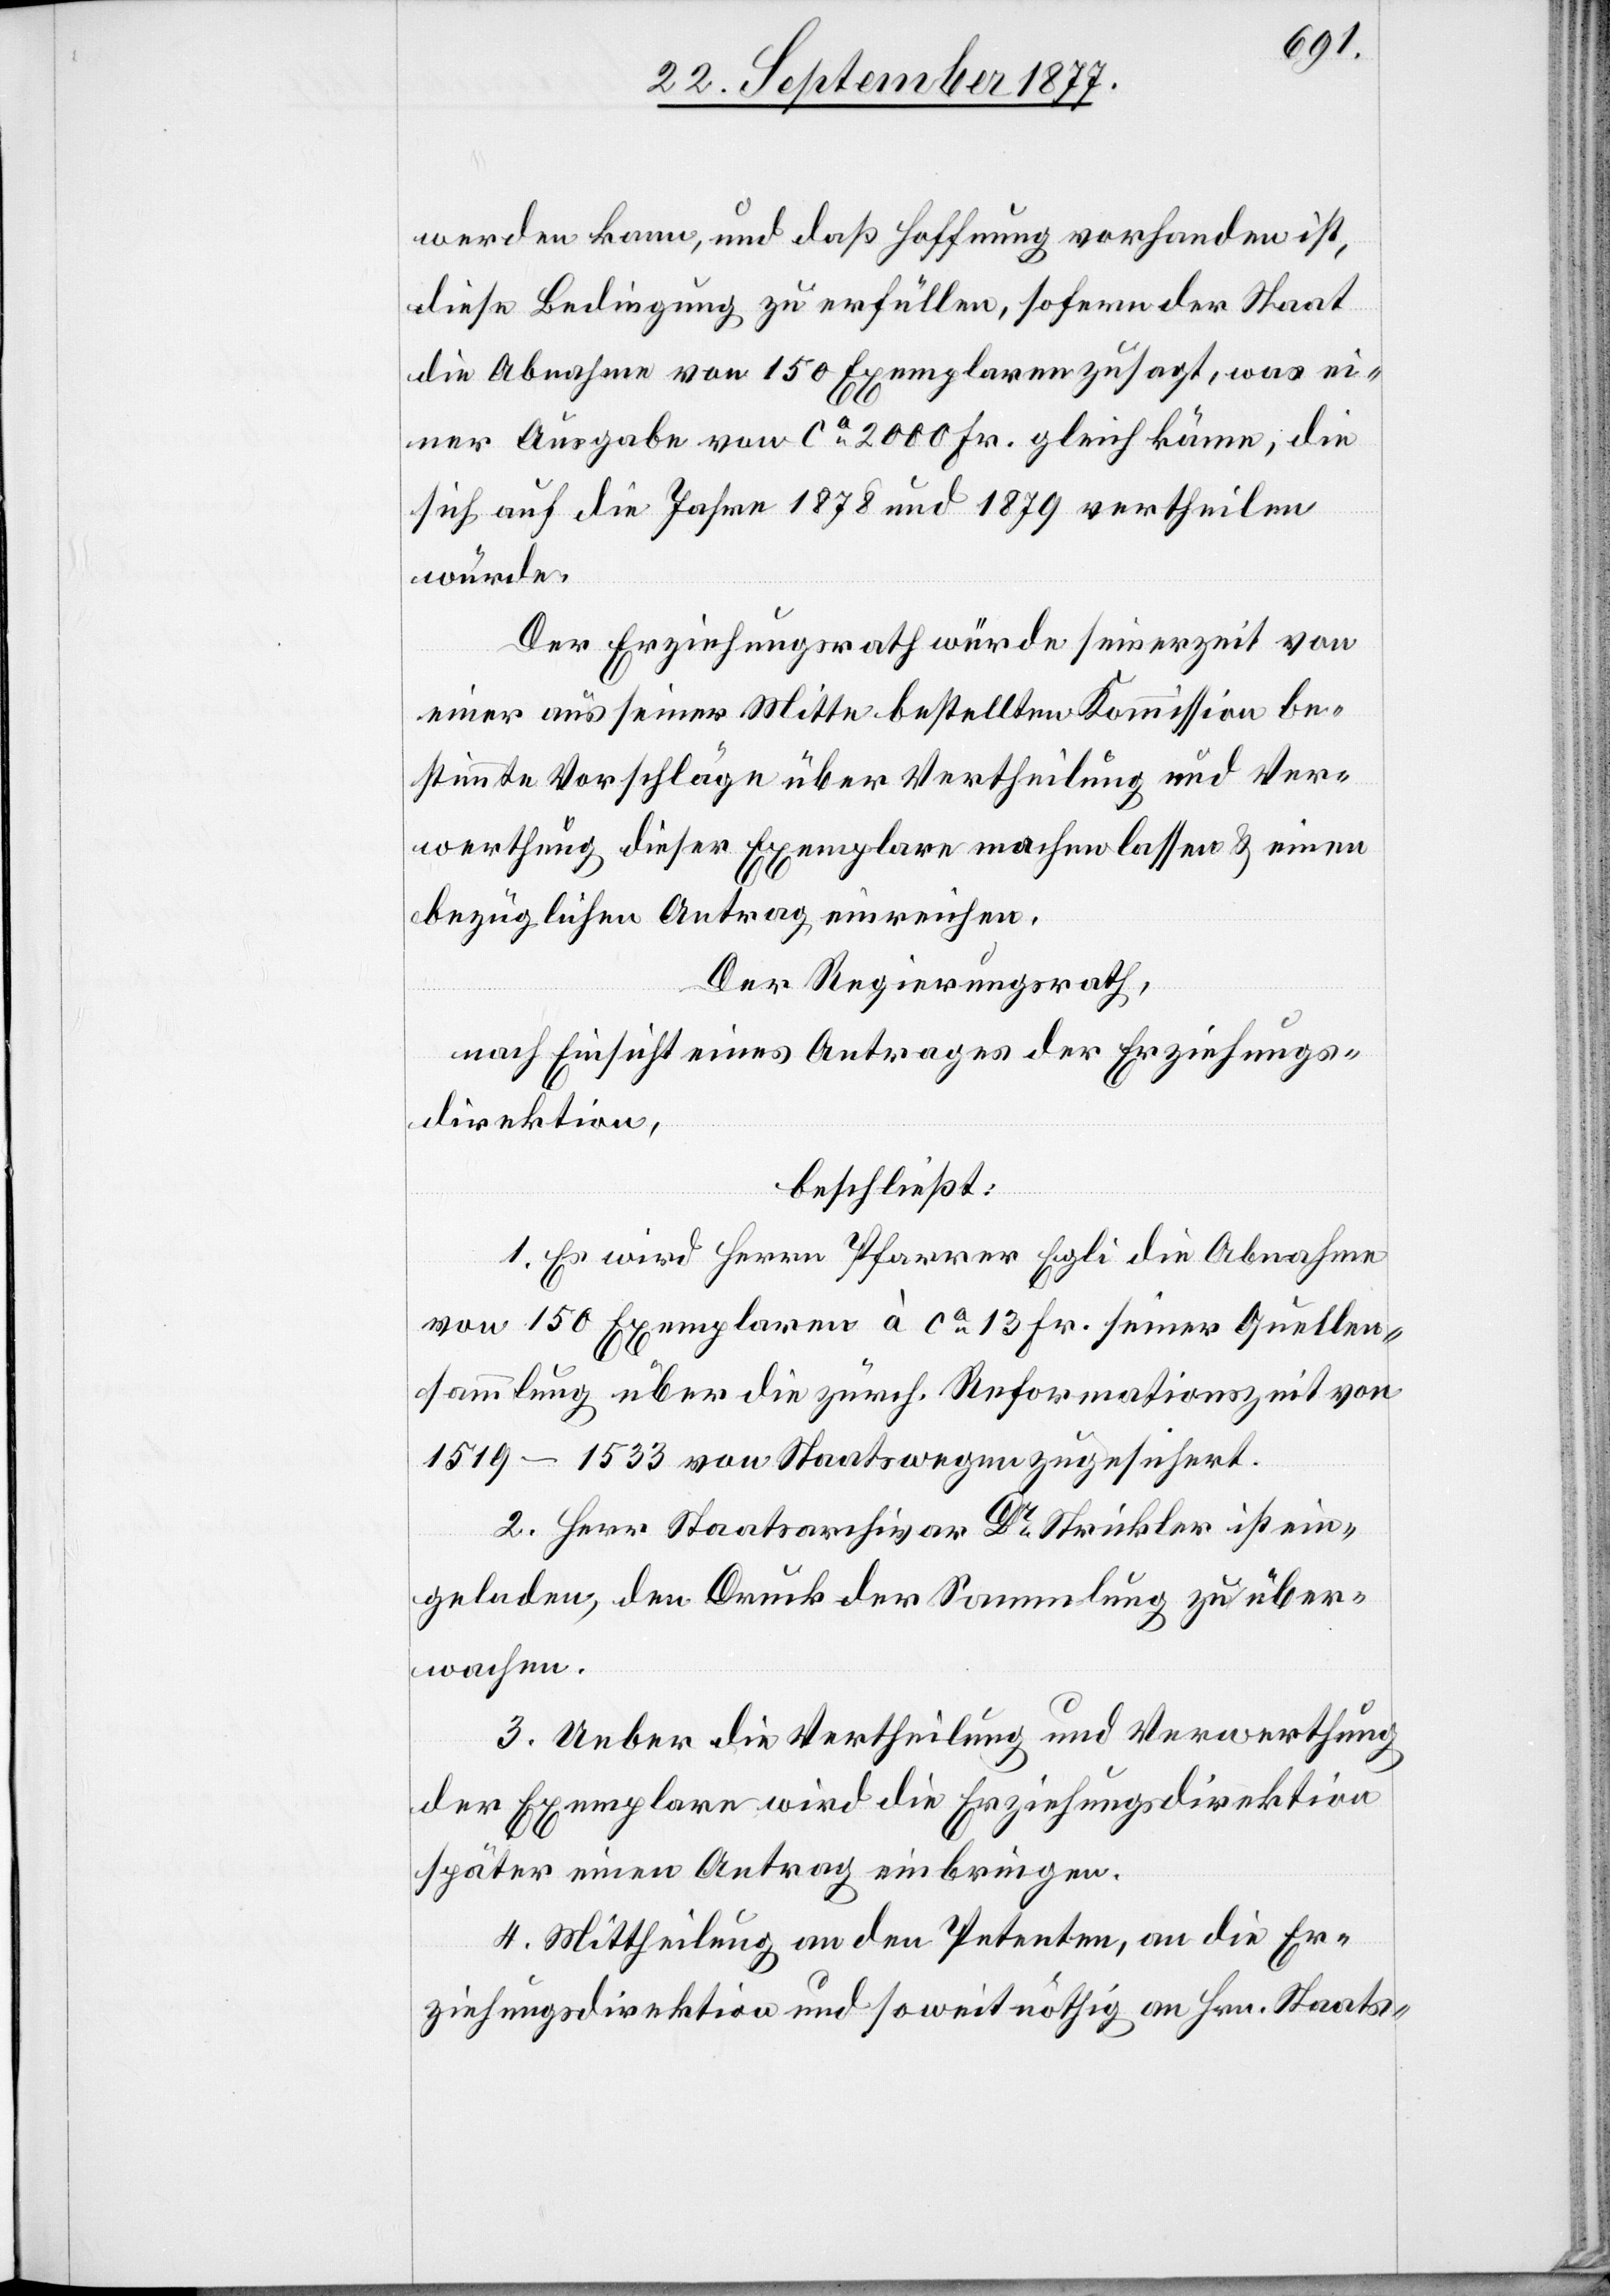
werden kann, und daß Hoffnung vorhanden ist,
diese Bedingung zu erfüllen, sofern der Staat
die Abnahme von 150 Exemplaren zusagt, was ei¬
ner Ausgabe von ca 2000 Fr. gleich käme, die
sich auf die Jahre 1878 und 1879 vertheilen
würde.
Der Erziehungsrath würde seinerzeit von
einer aus seiner Mitte bestellten Kommission be¬
stimmte Vorschläge über Vertheilung und Ver¬
werthung dieser Exemplare machen lassen & einen
bezüglichen Antrag einreichen.
Der Regierungsrath,
nach Einsicht eines Antrages der Erziehungs¬
direktion,
beschließt:
1. Es wird Herrn Pfarrer Egli die Abnahme
von 150 Exemplaren à ca 13 Fr. seiner Quellen¬
sammlung über die zürch. Reformationszeit von
1519–1533 von Staatswegen zugesichert.
2. Herr Staatsarchivar Dr Strickler ist ein¬
geladen, den Druck der Sammlung zu über¬
wachen.
3. Ueber die Vertheilung und Verwerthung
der Exemplare wird die Erziehungsdirektion
später einen Antrag einbringen.
4. Mittheilung an den Petenten, an die Er¬
ziehungsdirektion und soweit nöthig an Hrn. Staats-